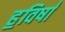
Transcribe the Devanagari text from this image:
ह॒विषा॑